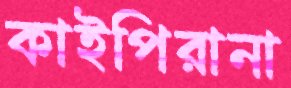
কাইপিরানা